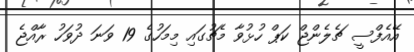
އޭއެފްސީ ޗެލެންޖް ކަޕް ހުޅުވާ މެޗުގައި މިމަހުގެ 19 ވަނަ ދުވަހު ރާއްޖެ